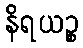
နိရယဉ္စ